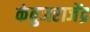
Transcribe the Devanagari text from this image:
कंबुजराजेंद्र